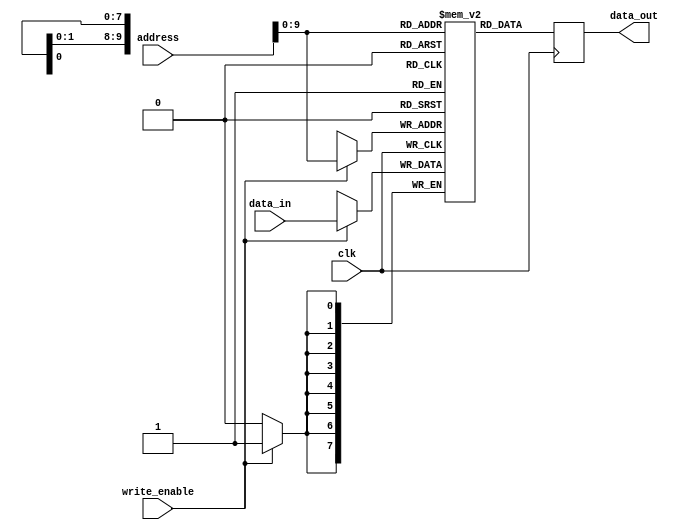
module DRAM (
    input wire clk,
    input wire [31:0] address,
    input wire write_enable,
    input wire [7:0] data_in,
    output reg [7:0] data_out
);

reg [7:0] memory [0:1023]; // defining memory block with 1024 cells

always @ (posedge clk) begin
    if (write_enable) begin
        memory[address] <= data_in; // write data to selected memory cell
    end
    data_out <= memory[address]; // read data from selected memory cell
end

endmodule